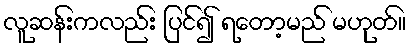
လူဆန်းကလည်း ပြင်၍ ရတော့မည် မဟုတ်။